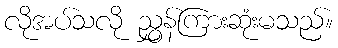
လိုအပ်သလို ညွှန်ကြားဆုံးမသည်။